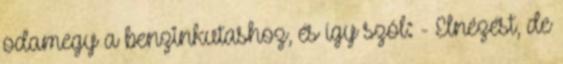
odamegy a benzinkutashoz, és így szól: - Elnézést, de